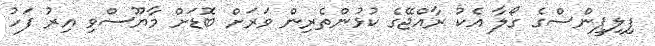
ފިލިޕީންސްގެ ގޯލާ އެކު ރާއްޖޭގެ ކުޅުންތެރިން ވަރަށް ބޮޑަށް މާޔޫސްވި އިރު ފަހު